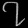
Digit: ၇